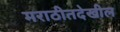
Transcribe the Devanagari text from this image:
मराठीतदेखील